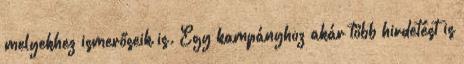
melyekhez ismerőseik is. Egy kampányhoz akár több hirdetést is